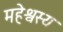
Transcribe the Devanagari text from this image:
महेश्वस्य